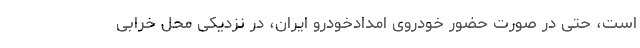
است، حتی در صورت حضور خودروی امدادخودرو ایران، در نزدیکی محل خرابی